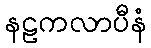
နဠကလာပီနံ